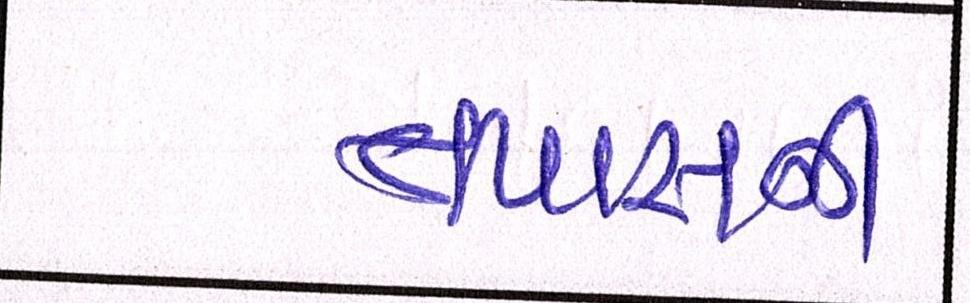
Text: તપાસની